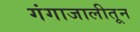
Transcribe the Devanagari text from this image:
गंगाजालीतून